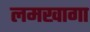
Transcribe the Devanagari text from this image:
लमखागा